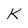
Character: K